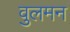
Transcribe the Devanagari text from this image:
वुलमन